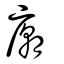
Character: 廟